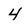
Character: 4